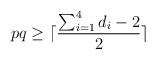
LaTeX: \begin{align*}pq\ge \lceil \frac{\sum_{i=1}^4 d_i -2}{2} \rceil\end{align*}